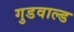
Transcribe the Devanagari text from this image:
गुडवाल्ड